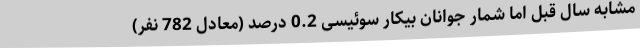
مشابه سال قبل اما شمار جوانان بیکار سوئیسی 0.2 درصد (معادل 782 نفر)